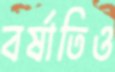
বর্ষাতিও